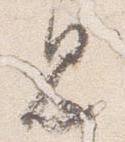
見